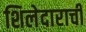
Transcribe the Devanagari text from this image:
शिलेदाराची